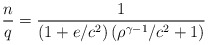
\begin{align*}\frac{n}{q}=\frac{1}{(1+e/c^{2})\left( \rho^{\gamma-1}/c^{2}+1\right)}\end{align*}